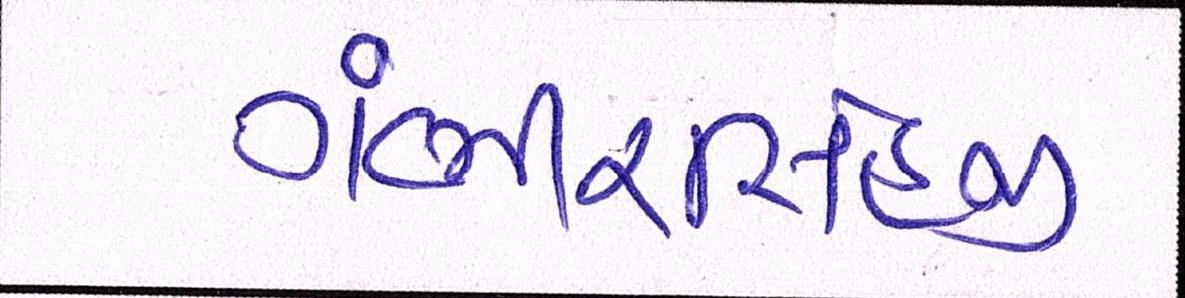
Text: ગંભીરસિંહજી